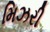
મિઝરી